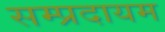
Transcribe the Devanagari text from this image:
सम्प्रदायम